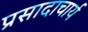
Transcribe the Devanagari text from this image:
प्रसादाचार्य